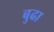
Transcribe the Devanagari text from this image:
बुढा